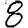
Digit: 8